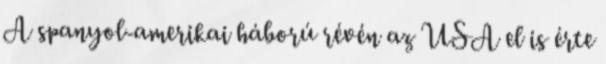
A spanyol-amerikai háború révén az USA el is érte